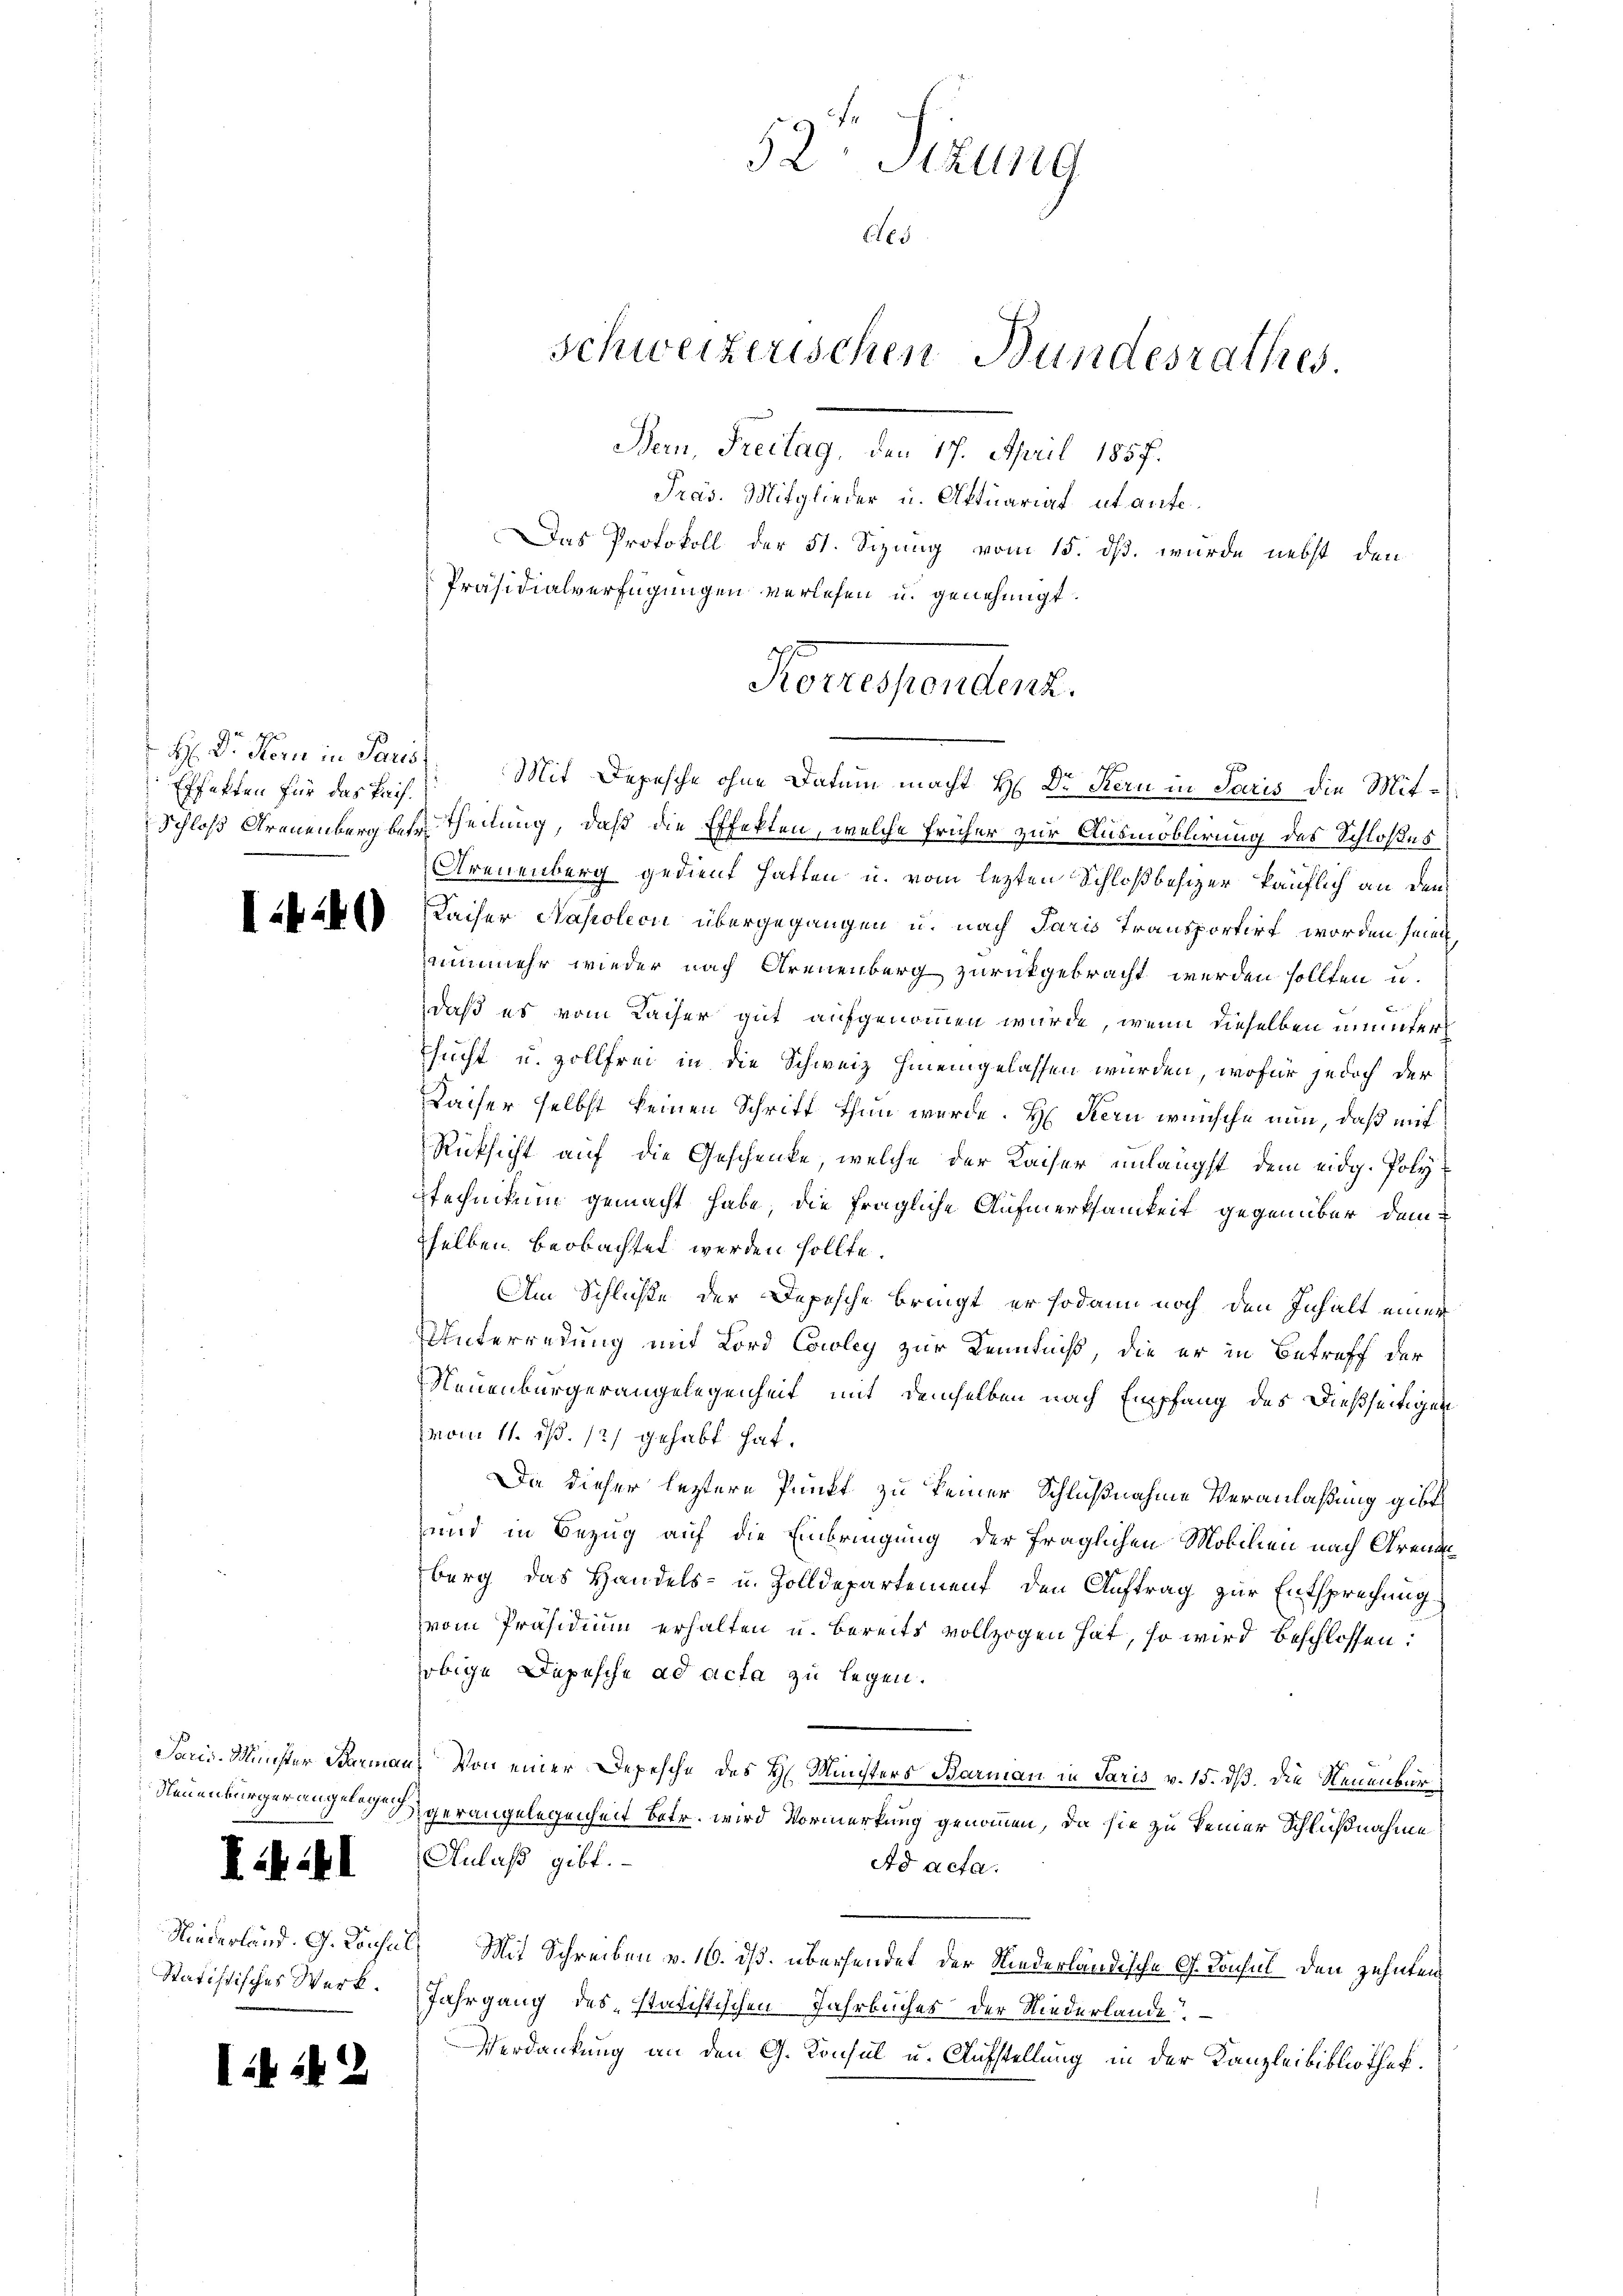
H: Dr. Horn in Paris
Effekten für das Trif¬

.

:40)

Neuenburger angelegen

.

Statistisches Werk.

Mit Depesche ohne Datum macht Hr. Dr Kern in Paris die Mit¬
Schloß Arenenberg sehr theilung, daß die Effekten, welche früher zur Ausmöblirung des Schloßes
Areuenberg gedient hatten u. vom lezten Schloßbesizer käuflich an dem
Kaiser Napoleci übergegangen u. nach Paris Transportirt worden seien
nunmehr wieder nach Arenenberg zurückgebracht werden sollten u.
daß es vom Kacher gut aufgenommen würde, wenn dieselben ununter
sucht u. zollfrei in die Schweiz hineingelassen wurden, wofür jedoch der
Kaiser selbst keinen Schritt thun werde. H. Stern wünsche nun, daß mit
Rücksicht auf die Geschenke, welche der Kaiser unlängst dem eidg. Poly¬
Stechnikum gemacht habe, die fragliche Aufmerksamkeit gegenüber dem
selben beobachtet werden sollte.
Am Schlichte der Depesche bringt er sodann noch den Inhalt einer
UUnterredung mit Lord Cowley zur Kenntniß, die er in Betreff der
Neuenburgerangelegenheit mit demselben nach Empfang des dießseitigen
vom 11. d. 12) gehabt hat.
Da dieser leztere Punkt zu keiner Schlußnahme Veranlaßung gibt
und in Bezug auf die Einbringung der fraglichen Mobilien nach Gren
berg das Handels- u. Zolldepartement den Auftrag zur Entsprechung.
vom Präsidium erhalten u. bereits vollzogen hat, so wird beschlossen:
obige Depesche ad acta zu legen.
Saris Münster Barmann, von einer Depesche des H. Meisters Barmann in Paris v. 15. dß. Die Neuenbur
gerangelegenheit betr. wird Vormerkung genommen, da sie zu keiner Schlußnahme
Anlaß gibt.
Ad acta.
Niederland. G. Rochel. Mit Schreiben v. 16. ds. übersendet der Niederländische G. Konsul den zehnten
Jahrgang desstatistischen Jahrbuches der Niederlande.
Verdankung an den G. Konsul u. Aufstellung in der Kanzleibibliothek.

52. Sekung
Nes
schweizerischen Bundesrathes.
Bern, Freitag, den 17. April 1857.
Präs. Mitglieder u. Aktuariat ut aufe.
Das Protokoll der 51. Sizung vom 15. dß. wurde nebst den
Präsidialverfügungen verlesen u. genehmigt.

Konsendung.